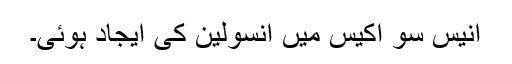
انیس سو اکیس میں انسولین کی ایجاد ہوئی۔